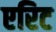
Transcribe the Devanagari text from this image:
एरिट